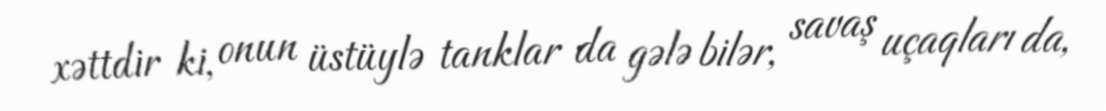
xəttdir ki, onun üstüylə tanklar da gələ bilər, savaş uçaqları da,